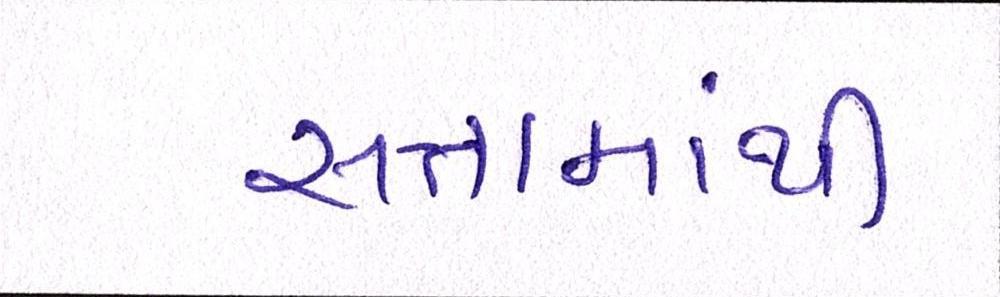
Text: સત્તામાંથી